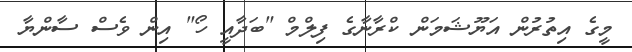
މީގެ އިތުރުން އަޔޫޝަމަން ކްރާނާގެ ފިލްމް "ބަދާއީ ހޯ" އިން ވެސް ސާންޔާ